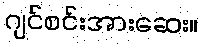
ဂျင်စင်းအားဆေး။